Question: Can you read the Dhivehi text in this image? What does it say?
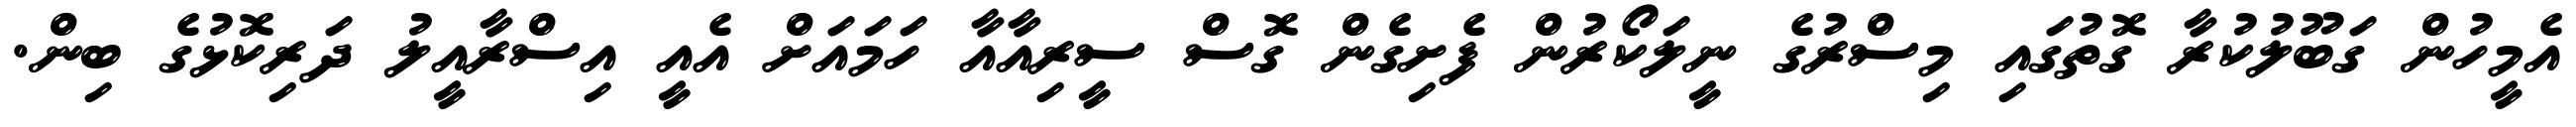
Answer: އެމީހުން ގަބޫލުކުރާ ގޮތުގައި މިސްރުގެ ނީލަކޯރުން ފެށިގެން ގޮސް ސީރިއާއާ ހަމައަށް އެއީ އިސްރާއީލު ދަރިކޮޅުގެ ބިން.